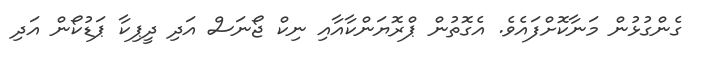
ގެންގުޅުން މަނާކޮށްފައެވެ. އެގޮތުން ޕްރޮޔަންކާއާއި ނިކް ޖޯނަސް އަދި ދީޕިކާ ޕަޑުކޯން އަދި